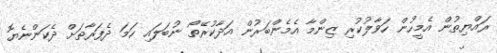
ރައްޔިތުން އެމީހުން ހަވާލުކުރި ޒިންމާ އެމެންބަރުން އަދާކުރޭތޯ ނުބަލައި ހަމަ ދެފަރާތަށް ދެކަންނެޔޮ